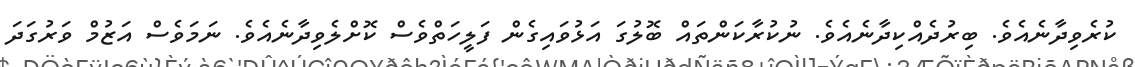
ކުރެވިދާނެއެވެ. ބިރުދެއްކިދާނެއެވެ. ނުކުރާކަންތައް ބޮލުގަ އަޅުވައިގެން ފަލީހަތްވެސް ކޮށްލެވިދާނެއެވެ. ނަމަވެސް އަޒުމް ވަރުގަދަ